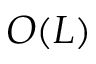
O ( L )